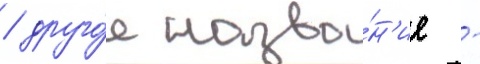
/ друго́е назва́н'ие -